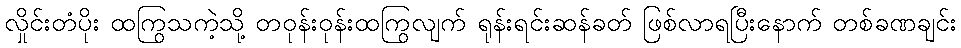
လှိုင်းတံပိုး ထကြွသကဲ့သို့ တဝုန်းဝုန်းထကြွလျက် ရုန်းရင်းဆန်ခတ် ဖြစ်လာရပြီးနောက် တစ်ခဏချင်း